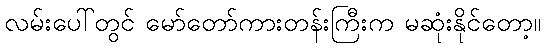
လမ်းပေါ်တွင် မော်တော်ကားတန်းကြီးက မဆုံးနိုင်တော့။